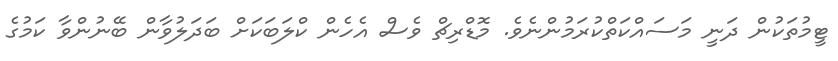
ޓީމުތަކުން ދަނީ މަސައްކަތްކުރަމުންނެވެ. މޮޑްރިޗް ވެސް އެހެން ކްލަބަކަށް ބަދަލުވާން ބޭނުންވާ ކަމުގެ